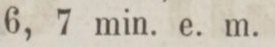
6, 7 min. e. m.